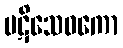
ပဋိသေဓကော